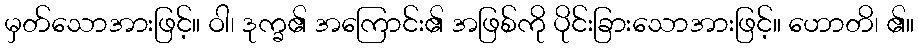
မှတ်သောအားဖြင့်။ ဝါ၊ ဒုက္ခ၏ အကြောင်း၏ အဖြစ်ကို ပိုင်းခြားသောအားဖြင့်။ ဟောတိ၊ ၏။